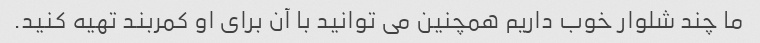
ما چند شلوار خوب داریم همچنین می توانید با آن برای او کمربند تهیه کنید.